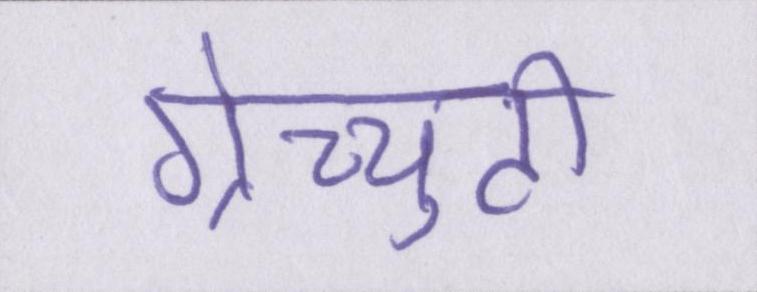
ग्रेच्युटी